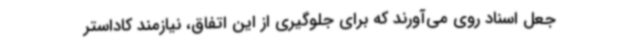
جعل اسناد روی می‌آورند که برای جلوگیری از این اتفاق، نیازمند کاداستر